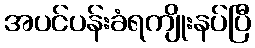
အပင်ပန်းခံရကျိုးနပ်ပြီ